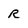
Character: r